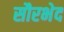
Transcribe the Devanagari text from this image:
सौरभेद